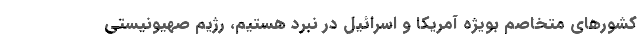
کشورهای متخاصم بویژه آمریکا و اسرائیل در نبرد هستیم، رژیم صهیونیستی